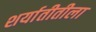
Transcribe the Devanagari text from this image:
शर्यातीतीला